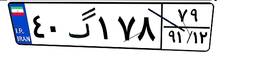
۴۰گ۱۷۸۷۹